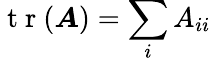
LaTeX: \mathrm{~t~r~}(\boldsymbol{A})=\sum_{i}A_{ii}